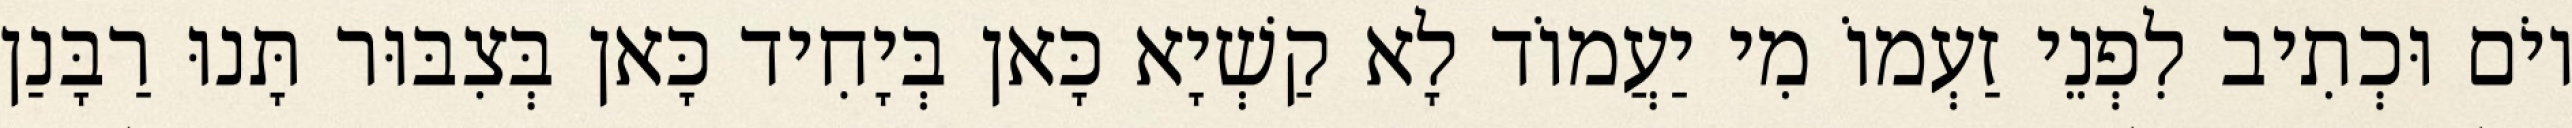
יוֹם וּכְתִיב לִפְנֵי זַעְמוֹ מִי יַעֲמוֹד לָא קַשְׁיָא כָּאן בְּיָחִיד כָּאן בְּצִבּוּר תָּנוּ רַבָּנַן